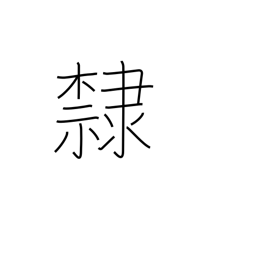
Meaning: prisoner